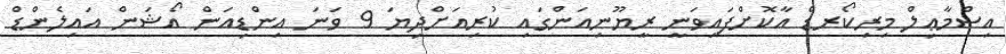
އިސްމާޢިލް މިރިކޯރޑް އާކޮށްފައިވަނީ ރީޔޫނިއަންގައި ކުރިއަށްދިޔަ 9 ވަނަ އިންޑިއަން އޯޝަން އައިލެންޑް